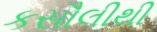
કસૌલીથી